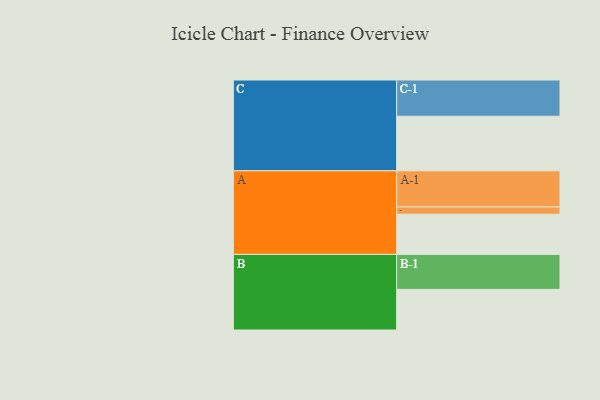
{"axis": {"x": "Segment", "y": "Value"}, "legend": ["", "A", "B", "C"], "data": [{"x": "A", "y": 312, "type": ""}, {"x": "B", "y": 315, "type": ""}, {"x": "C", "y": 423, "type": ""}, {"x": "A-1", "y": 280, "type": "A"}, {"x": "A-2", "y": 56, "type": "A"}, {"x": "B-1", "y": 271, "type": "B"}, {"x": "C-1", "y": 281, "type": "C"}]}